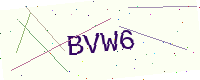
Text: BVW6